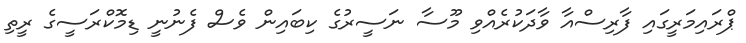
ޕްރައިމަރީގައި ފާރިސްއާ ވާދަކުރެއްވި މޫސާ ނަސީރުގެ ކިބައިން ވެސް ފެނުނީ ޑިމޮކްރަސީގެ ރީތި